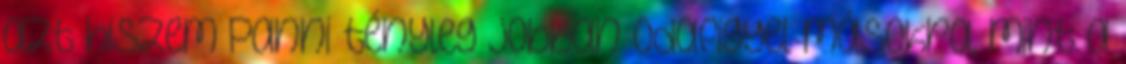
azt hiszem Panni tényleg jobban odafigyel másokra, mint a